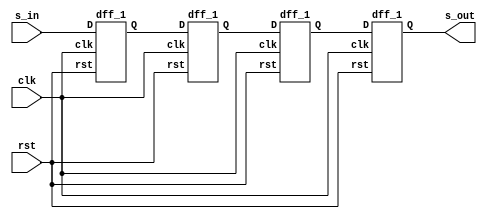
`timescale 1ns / 1ps


module siso_1(clk, rst, s_in, s_out);
input clk,rst,s_in;
output s_out;
wire [2:0]q;
dff_1 u0(s_in,clk,rst,q[0]);
dff_1 u1(q[0],clk,rst,q[1]);
dff_1 u2(q[1],clk,rst,q[2]);
dff_1 u3(q[2],clk,rst,s_out);
endmodule

module dff_1(D, clk, rst, Q);
input D, clk, rst;
output reg Q;

always@(posedge clk) begin
if ({rst})
Q <= 1'b0;
else 
Q <= D;
end 
endmodule